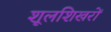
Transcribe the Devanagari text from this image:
शूलशिखरों